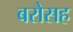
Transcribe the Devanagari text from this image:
बरोसह